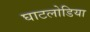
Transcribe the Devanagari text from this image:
घाटलोडिया